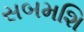
સબમશિ